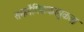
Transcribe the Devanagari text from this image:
समलैंगिककामुकता